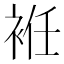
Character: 袵